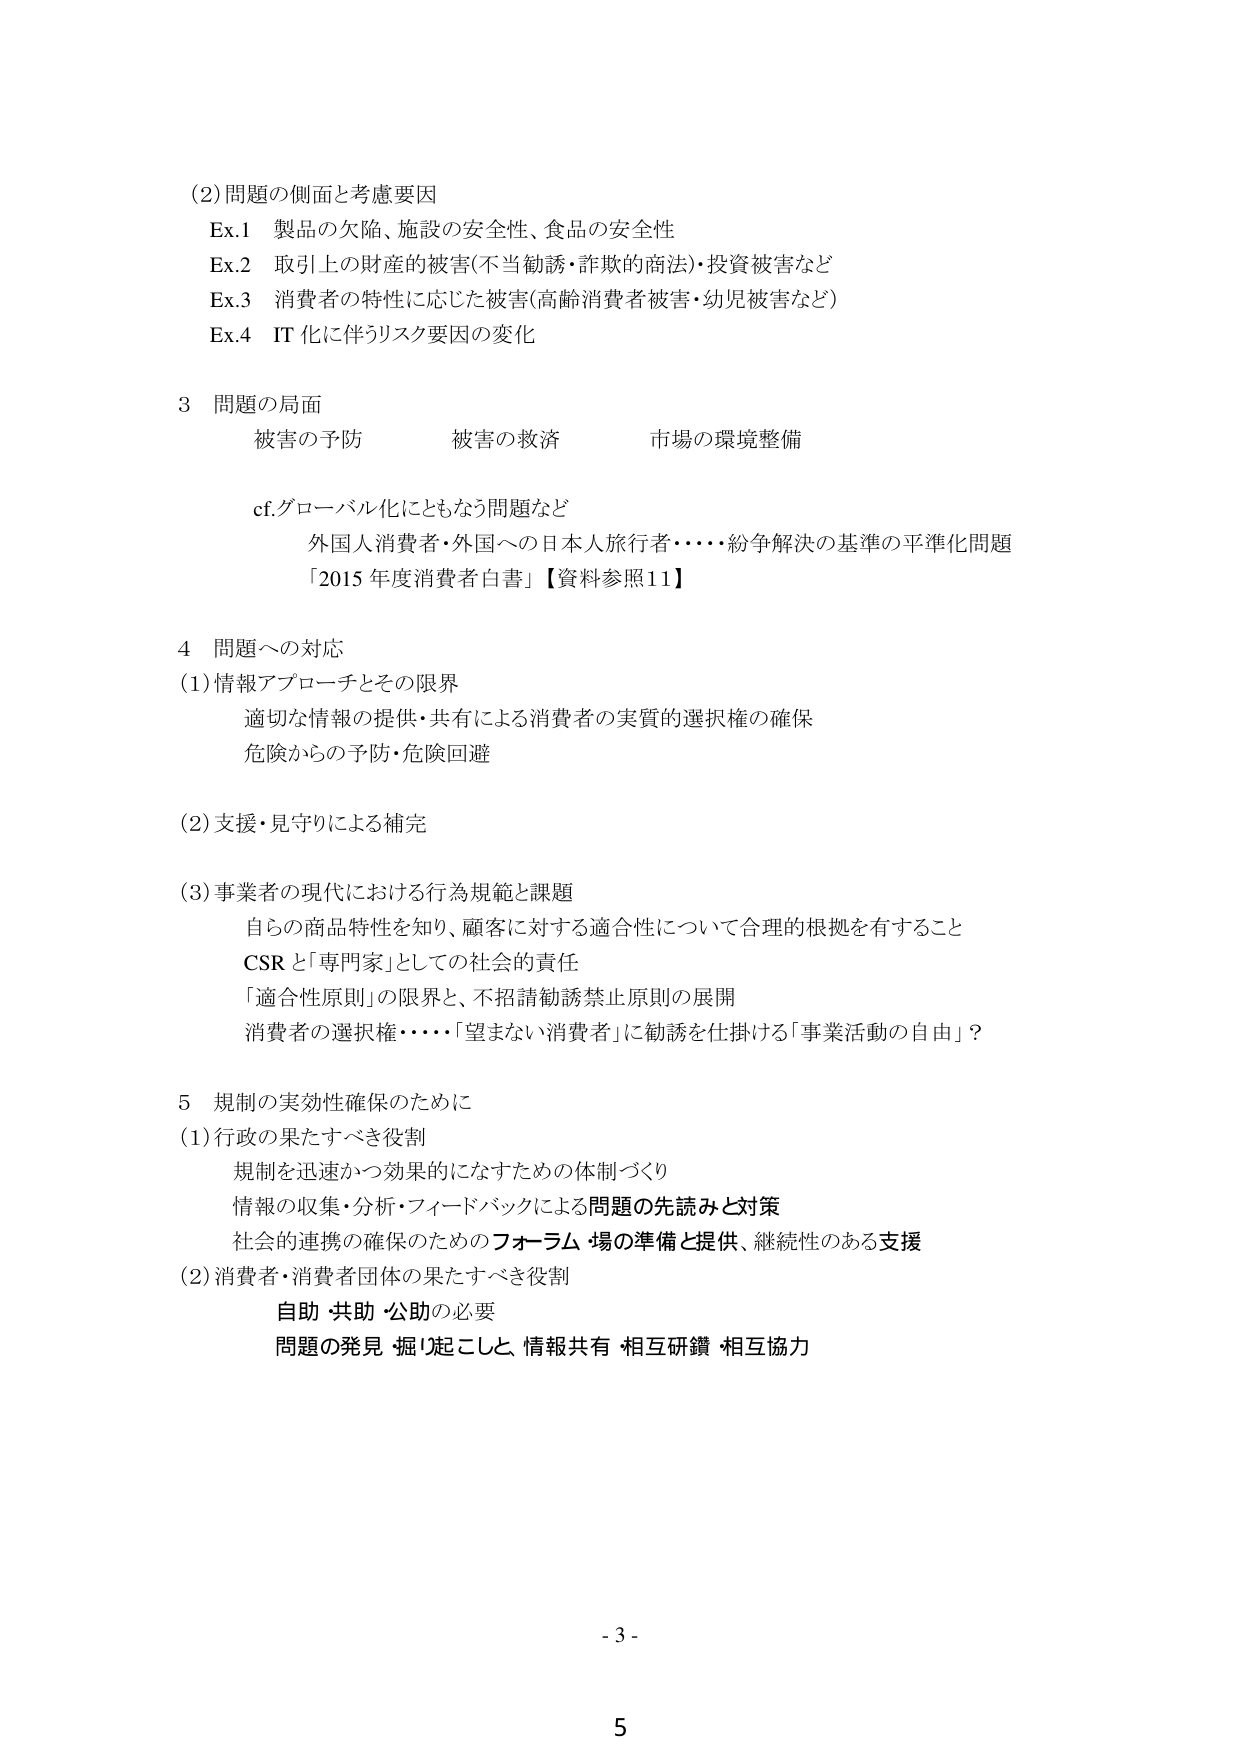
(2) 問題の側面と考慮要因
Ex.1 製品の欠陥、施設の安全性、食品の安全性
Ex.2 取引上の財産的被害(不当勧誘・詐欺的商法)・投資被害など
Ex.3 消費者の特性に応じた被害(高齢消費者被害・幼児被害など)
Ex.4 IT化に伴うリスク要因の変化

3 問題の局面
被害の予防　　　　　被害の救済　　　　　市場の環境整備

cf.グローバル化にともなう問題など
外国人消費者・外国への日本人旅行者・・・・紛争解決の基準の平準化問題
「2015年度消費者白書」【資料参照11】

4 問題への対応
(1) 情報アプローチとその限界
適切な情報の提供・共有による消費者の実質的選択権の確保
危険からの予防・危険回避

(2) 支援・見守りによる補完

(3) 事業者の現代における行為規範と課題
自らの商品特性を知り、顧客に対する適合性について合理的根拠を有すること
CSRと「専門家」としての社会的責任
「適合性原則」の限界と、不招請勧誘禁止原則の展開
消費者の選択権・・・・「望まない消費者」に勧誘を仕掛ける「事業活動の自由」？

5 規制の実効性確保のために
(1) 行政の果たすべき役割
規制を迅速かつ効果的になすための体制づくり
情報の収集・分析・フィードバックによる問題の先読みと対策
社会的連携の確保のためのフォーラム・場の準備と提供、継続性のある支援
(2) 消費者・消費者団体の果たすべき役割
自助・共助・公助の必要
問題の発見・掘り起こしと、情報共有・相互研鑚・相互協力

- 3 -
5